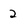
Character: 2